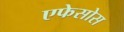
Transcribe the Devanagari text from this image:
एफेसोस